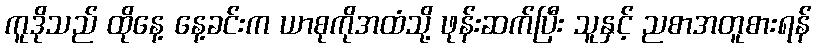
ကူဒိုသည် ထိုနေ့ နေ့ခင်းက ယာစုကိုအထံသို့ ဖုန်းဆက်ပြီး သူနှင့် ညစာအတူစားရန်